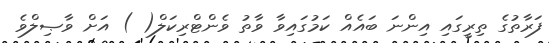
ފަރާތުގެ ތިރީގައި އިންނަ ބައެއް ކަމުގައިވާ ވާތު ވެންޓްރިކަލް( ) އަށް ވާޞިލްވެ